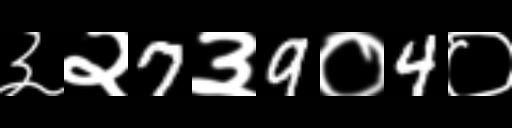
Text: ३२7३9०4०